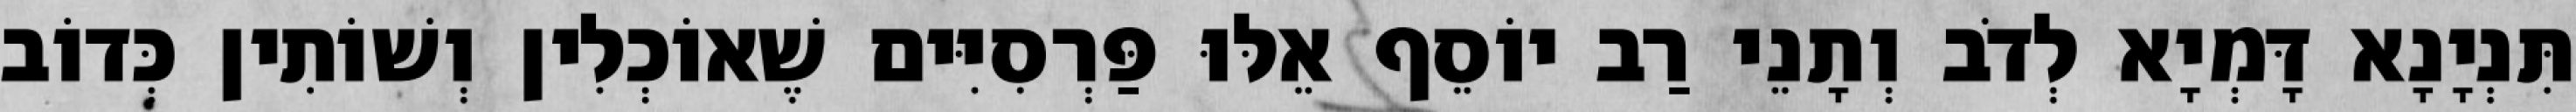
תִּנְיָנָא דָּמְיָא לְדֹב וְתָנֵי רַב יוֹסֵף אֵלּוּ פַּרְסִיִּים שֶׁאוֹכְלִין וְשׁוֹתִין כְּדוֹב